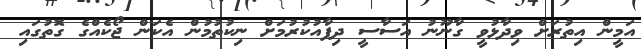
އަމީން އިތުރަށް ވިދާޅުވީ ގާނޫނު އަސާސީ ދިފާއުކުރުމަށް ނިކުތުމުން އެކަން ޖޯކެއްގެ ގޮތުގައި